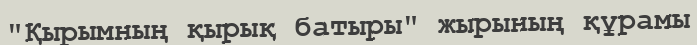
"Қырымның қырық батыры" жырының құрамы